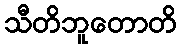
သီတိဘူတောတိ